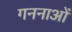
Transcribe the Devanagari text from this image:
गननाओं